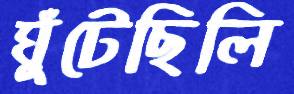
ঘুঁটেছিলি